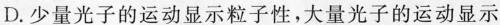
D.少量光子的运动显示粒子性，大量光子的运动显示